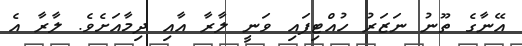
އޭނާގެ ތޫނު ނަޒަރު ހުއްޓިފައި ވަނީ ލާރާ އާއި ދިމާއަށެވެ. ލާރާ އެ